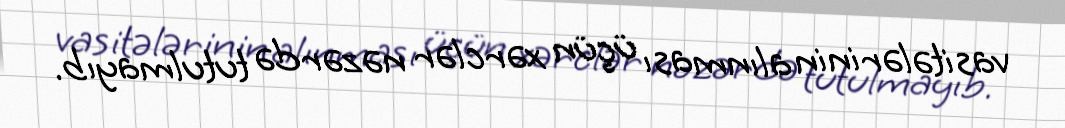
vasitələrinin alınması üçün xərclər nəzərdə tutulmayıb.